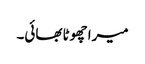
میرا چھوٹا بھائی۔